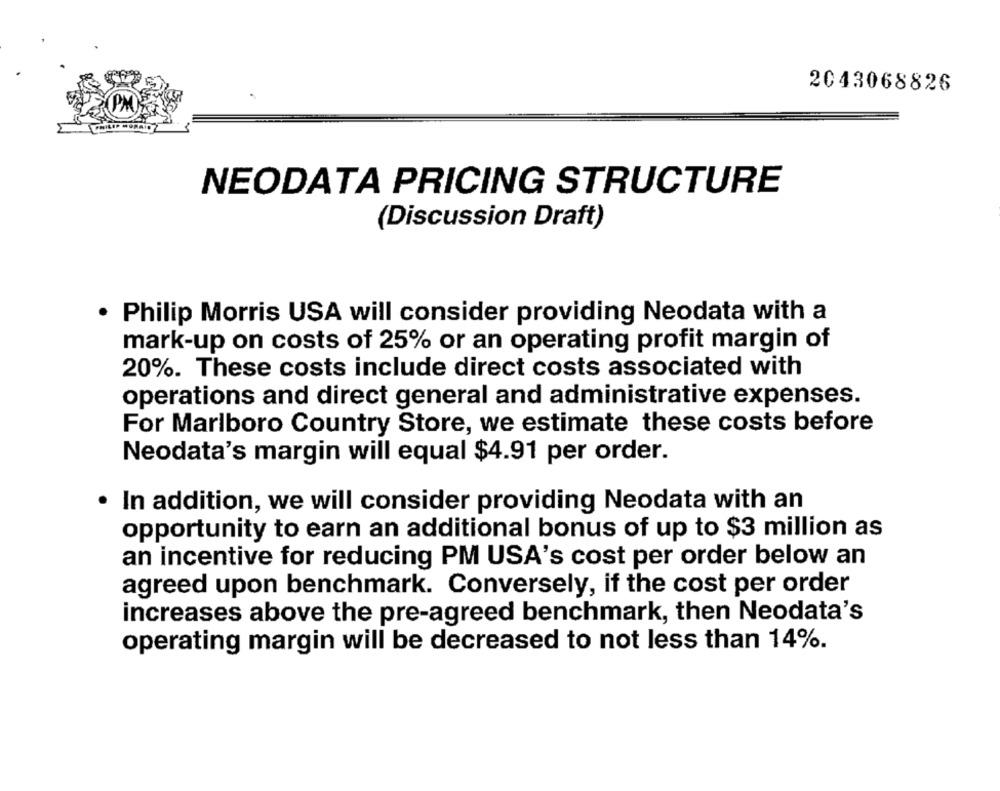
2043068826
NEODATA PRICING STRUCTURE
(Discussion Draft)
. Philip Morris USA will consider providing Neodata with a
mark-up on costs of 25% or an operating profit margin of
20%. These costs include direct costs associated with
operations and direct general and administrative expenses.
For Marlboro Country Store, we estimate these costs before
Neodata's margin will equal $4.91 per order.
. In addition, we will consider providing Neodata with an
opportunity to earn an additional bonus of up to $3 million as
an incentive for reducing PM USA's cost per order below an
agreed upon benchmark. Conversely, if the cost per order
increases above the pre-agreed benchmark, then Neodata's
operating margin will be decreased to not less than 14%.